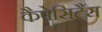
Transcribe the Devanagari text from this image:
कैपेसिटैंस